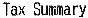
TAX SUMMARY